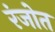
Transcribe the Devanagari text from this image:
रंजोत